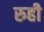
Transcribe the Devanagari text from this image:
रुही